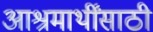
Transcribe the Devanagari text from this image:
आश्रमार्थींसाठी